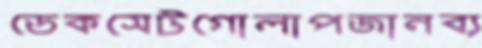
ডেকসেটগোলাপজানব্য